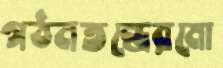
গঠনতন্ত্রেরমো